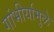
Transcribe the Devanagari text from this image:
गांभीर्यामुळे